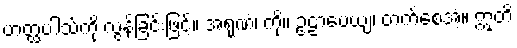
ဟတ္ထပါသ်ကို လွန်ခြင်းဖြင့်။ အရုဏံ၊ ကို။ ဥဠာပေယျ၊ တက်စေအံ့။ ဣတိ